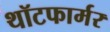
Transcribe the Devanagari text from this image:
थॉटफार्मर